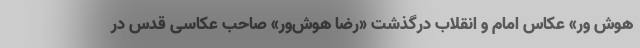
هوش‌ ور» عکاس امام‌ و انقلاب درگذشت «رضا هوش‌ور» صاحب عکاسی قدس در